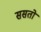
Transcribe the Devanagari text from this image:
ससतो